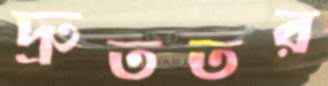
দ্রুততর